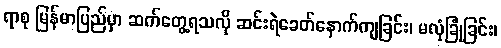
ရာစု မြန်မာပြည်မှာ ဆက်တွေ့ရသလို ဆင်းရဲခေတ်နောက်ကျခြင်း၊ မလုံခြုံခြင်း၊